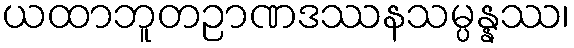
ယထာဘူတဉာဏဒဿနသမ္ပန္နဿ၊